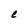
Character: e